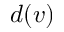
d ( v )